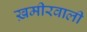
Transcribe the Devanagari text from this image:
ख़मीरवाली